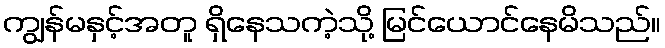
ကျွန်မနှင့်အတူ ရှိနေသကဲ့သို့ မြင်ယောင်နေမိသည်။